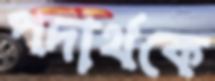
পদার্থকে